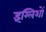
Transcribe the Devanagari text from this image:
इंग्लिशों